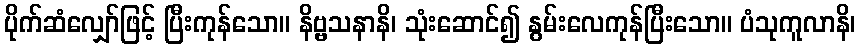
ပိုက်ဆံလျှော်ဖြင့် ပြီးကုန်သော။ နိဗ္ဗသနာနိ၊ သုံးဆောင်၍ နွမ်းလေကုန်ပြီးသော။ ပံသုကူလာနိ၊